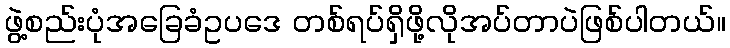
ဖွဲ့စည်းပုံအခြေခံဥပဒေ တစ်ရပ်ရှိဖို့လိုအပ်တာပဲဖြစ်ပါတယ်။